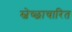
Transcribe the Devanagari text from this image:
स्वेच्छाचारित